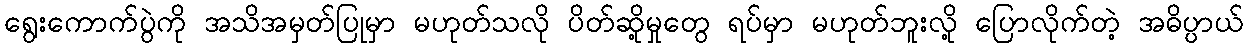
ရွေးကောက်ပွဲကို အသိအမှတ်ပြုမှာ မဟုတ်သလို ပိတ်ဆို့မှုတွေ ရပ်မှာ မဟုတ်ဘူးလို့ ပြောလိုက်တဲ့ အဓိပ္ပာယ်